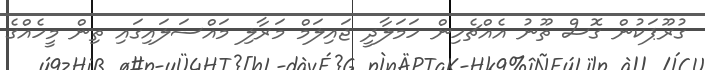
ގުރޫޕަކުން ގޮސް ތޫނު އެއްޗެހިން ހަމަލާދީ ޖައިލަމް މަރާލި މައްސަލައިގައި ތިން މީހެއްގެ